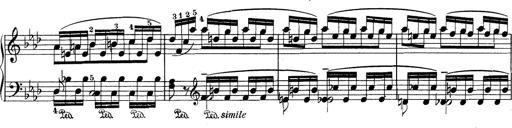
Title: Variationen Ã¼ber das Motiv von Bach
Composer: Franz Liszt